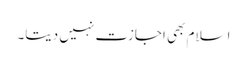
اسلام بھی اجازت نہیں دیتا۔